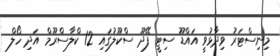
މިނިސްޓަރު ވިދާޅުވީ އައްޑޫ ސިޓީ ފޭދޫ ސްކޫލުގައި 12 ކްލާސްރޫމް އަދި ހޯލް